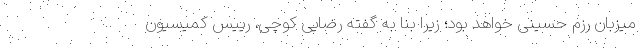
میزبان رزم حسینی خواهد بود؛ زیرا بنا به گفته رضایی کوچی، رییس کمیسیون